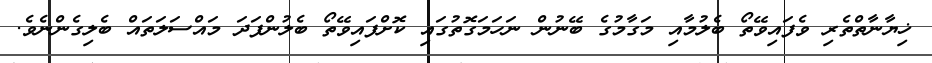
ޚިޔާނާތްތެރި ވެފައިވޭތޯ ބެލުމާއި މަގާމުގެ ބޭނުން ނަހަމަގޮތުގައި ކޮށްފައިވޭތޯ ބެލުންފަދަ މައްސަލަތައް ބެލިގެންނެވެ.